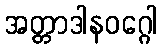
အတ္တာဒါနဝဂ္ဂေါ